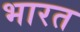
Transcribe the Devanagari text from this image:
भारत